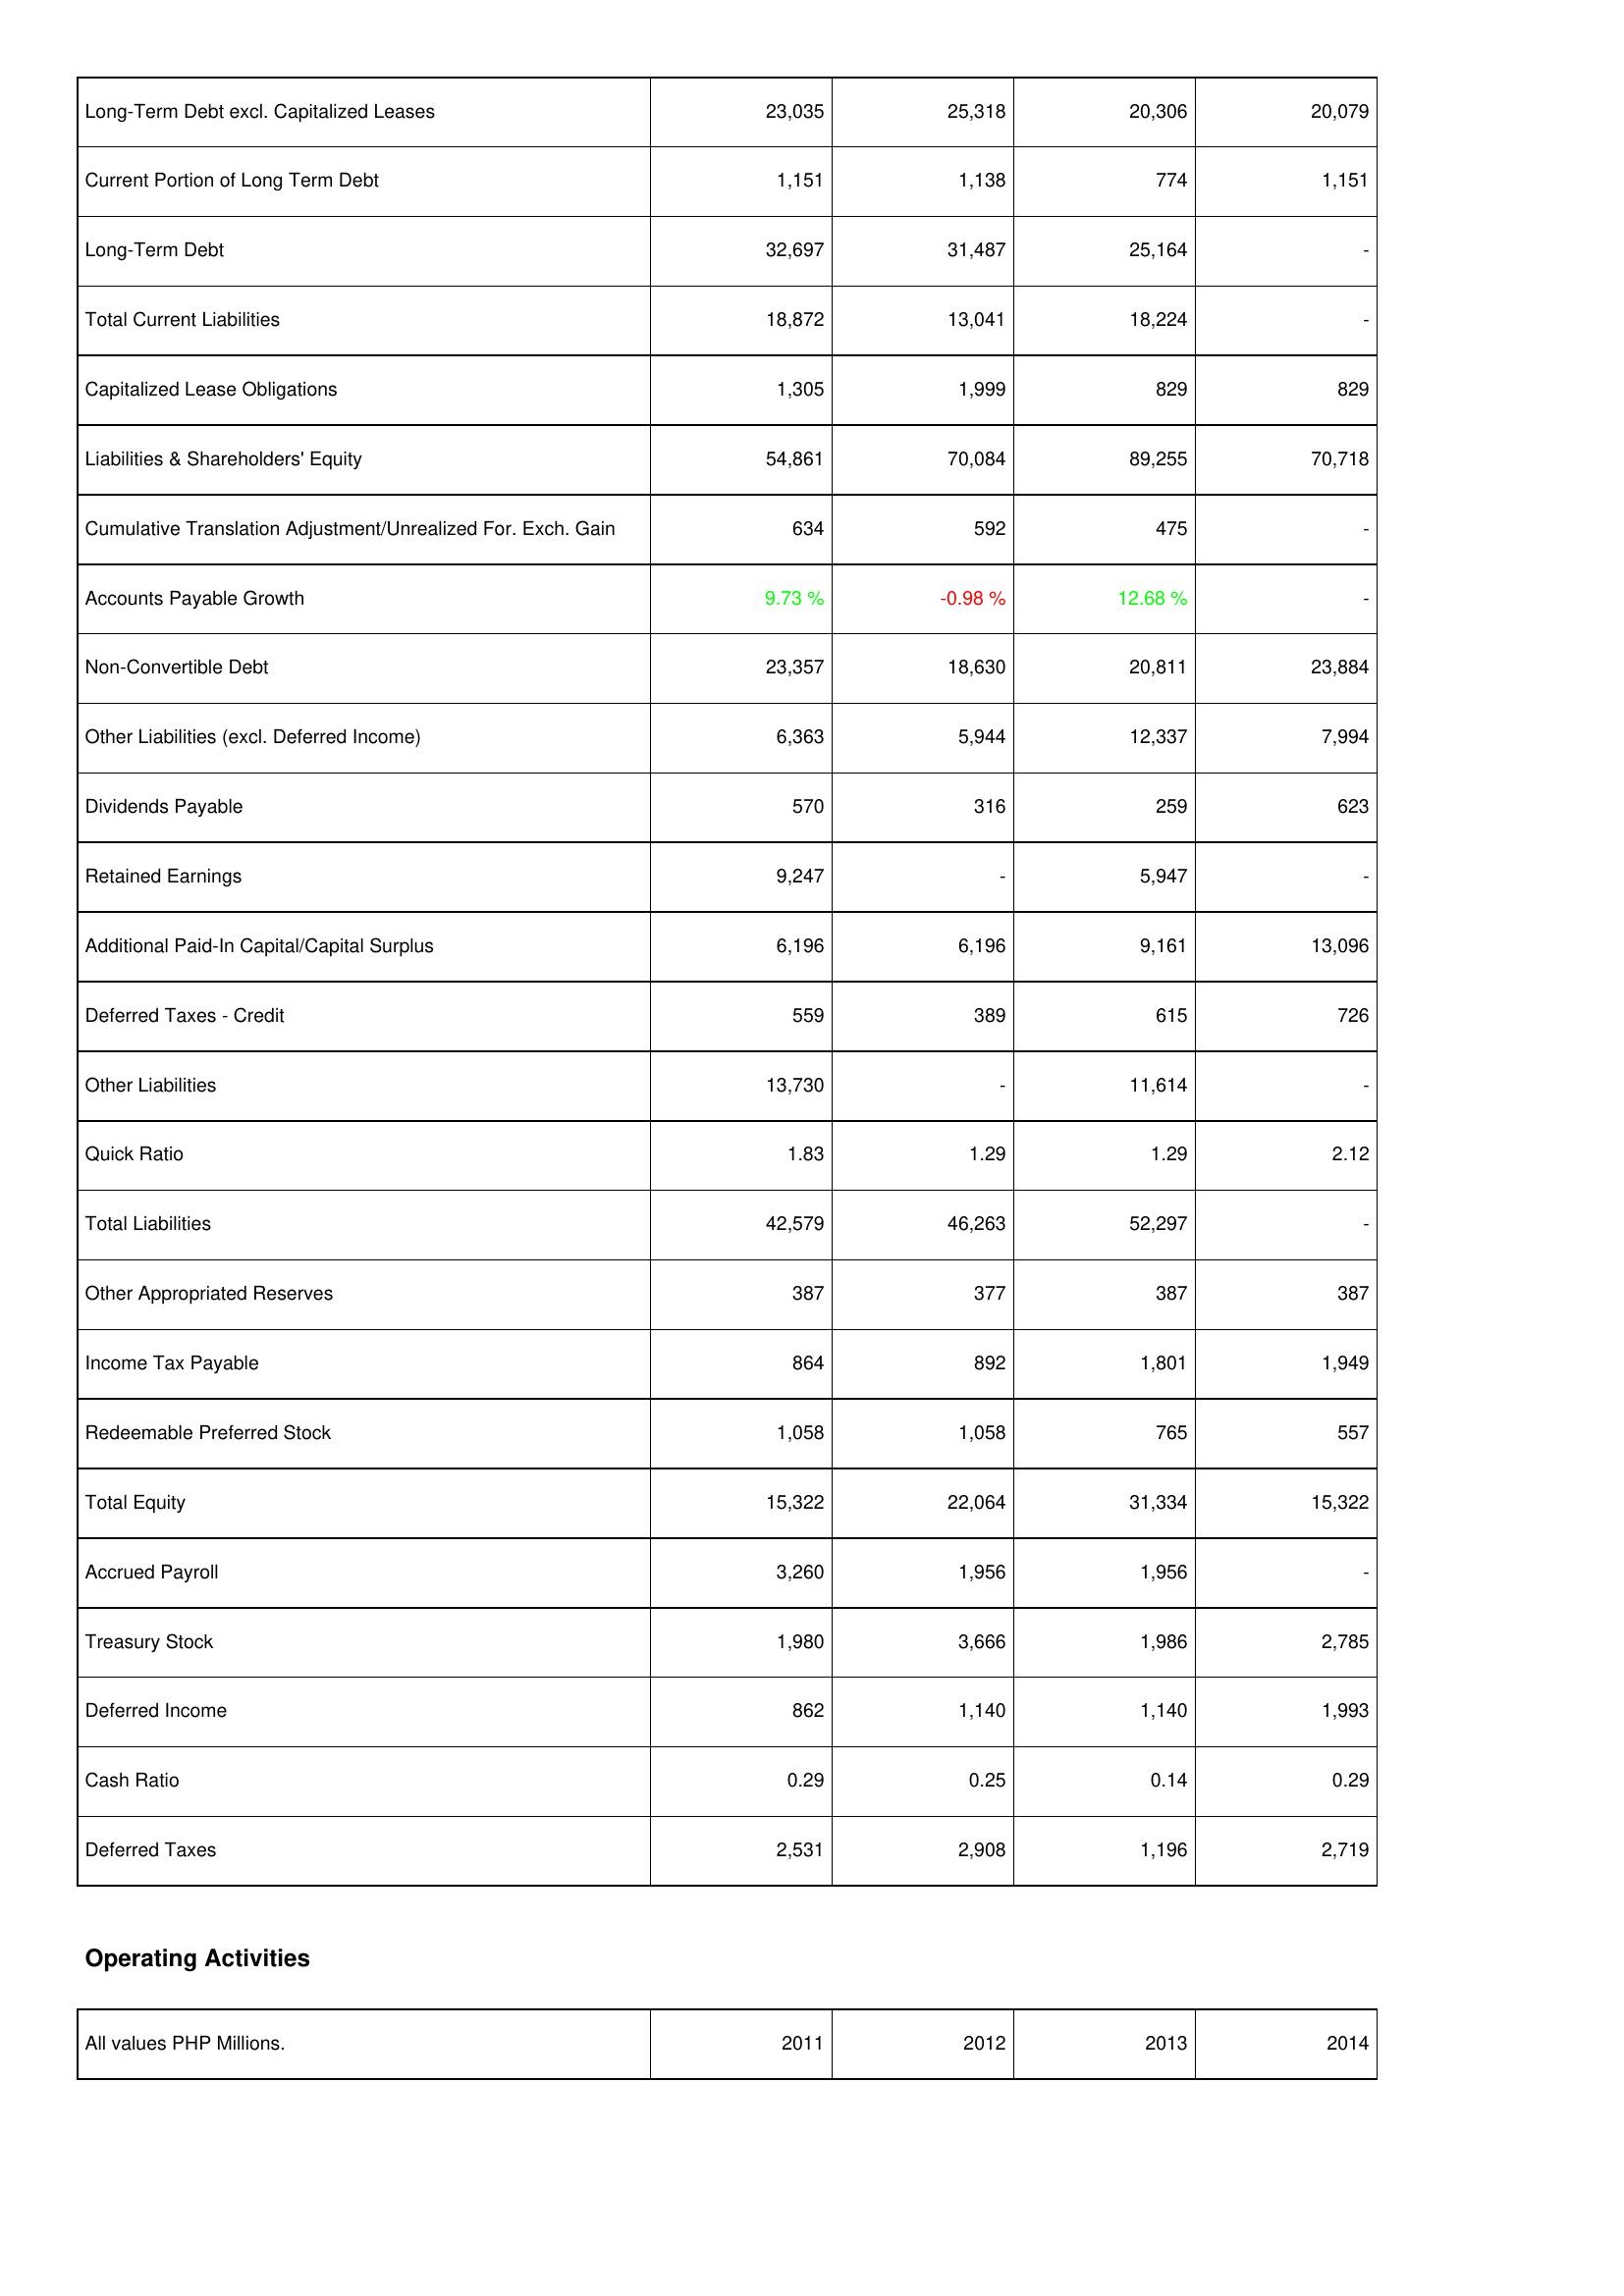
2011: Liabilities & Shareholders' Equity: Long-Term Debt excl. Capitalized Leases: 23,035
Current Portion of Long Term Debt: 1,151
Long-Term Debt: 32,697
Total Current Liabilities: 18,872
Capitalized Lease Obligations: 1,305
Liabilities & Shareholders' Equity: 54,861
Cumulative Translation Adjustment/Unrealized For. Exch. Gain: 634
Accounts Payable Growth: 9.73 %
Non-Convertible Debt: 23,357
Other Liabilities (excl. Deferred Income): 6,363
Dividends Payable: 570
Retained Earnings: 9,247
Additional Paid-In Capital/Capital Surplus: 6,196
Deferred Taxes - Credit: 559
Other Liabilities: 13,730
Quick Ratio: 1.83
Total Liabilities: 42,579
Other Appropriated Reserves: 387
Income Tax Payable: 864
Redeemable Preferred Stock: 1,058
Total Equity: 15,322
Accrued Payroll: 3,260
Treasury Stock: 1,980
Deferred Income: 862
Cash Ratio: 0.29
Deferred Taxes: 2,531
2012: Liabilities & Shareholders' Equity: Long-Term Debt excl. Capitalized Leases: 25,318
Current Portion of Long Term Debt: 1,138
Long-Term Debt: 31,487
Total Current Liabilities: 13,041
Capitalized Lease Obligations: 1,999
Liabilities & Shareholders' Equity: 70,084
Cumulative Translation Adjustment/Unrealized For. Exch. Gain: 592
Accounts Payable Growth: -0.98 %
Non-Convertible Debt: 18,630
Other Liabilities (excl. Deferred Income): 5,944
Dividends Payable: 316
Retained Earnings: -
Additional Paid-In Capital/Capital Surplus: 6,196
Deferred Taxes - Credit: 389
Other Liabilities: -
Quick Ratio: 1.29
Total Liabilities: 46,263
Other Appropriated Reserves: 377
Income Tax Payable: 892
Redeemable Preferred Stock: 1,058
Total Equity: 22,064
Accrued Payroll: 1,956
Treasury Stock: 3,666
Deferred Income: 1,140
Cash Ratio: 0.25
Deferred Taxes: 2,908
2013: Liabilities & Shareholders' Equity: Long-Term Debt excl. Capitalized Leases: 20,306
Current Portion of Long Term Debt: 774
Long-Term Debt: 25,164
Total Current Liabilities: 18,224
Capitalized Lease Obligations: 829
Liabilities & Shareholders' Equity: 89,255
Cumulative Translation Adjustment/Unrealized For. Exch. Gain: 475
Accounts Payable Growth: 12.68 %
Non-Convertible Debt: 20,811
Other Liabilities (excl. Deferred Income): 12,337
Dividends Payable: 259
Retained Earnings: 5,947
Additional Paid-In Capital/Capital Surplus: 9,161
Deferred Taxes - Credit: 615
Other Liabilities: 11,614
Quick Ratio: 1.29
Total Liabilities: 52,297
Other Appropriated Reserves: 387
Income Tax Payable: 1,801
Redeemable Preferred Stock: 765
Total Equity: 31,334
Accrued Payroll: 1,956
Treasury Stock: 1,986
Deferred Income: 1,140
Cash Ratio: 0.14
Deferred Taxes: 1,196
2014: Liabilities & Shareholders' Equity: Long-Term Debt excl. Capitalized Leases: 20,079
Current Portion of Long Term Debt: 1,151
Long-Term Debt: -
Total Current Liabilities: -
Capitalized Lease Obligations: 829
Liabilities & Shareholders' Equity: 70,718
Cumulative Translation Adjustment/Unrealized For. Exch. Gain: -
Accounts Payable Growth: -
Non-Convertible Debt: 23,884
Other Liabilities (excl. Deferred Income): 7,994
Dividends Payable: 623
Retained Earnings: -
Additional Paid-In Capital/Capital Surplus: 13,096
Deferred Taxes - Credit: 726
Other Liabilities: -
Quick Ratio: 2.12
Total Liabilities: -
Other Appropriated Reserves: 387
Income Tax Payable: 1,949
Redeemable Preferred Stock: 557
Total Equity: 15,322
Accrued Payroll: -
Treasury Stock: 2,785
Deferred Income: 1,993
Cash Ratio: 0.29
Deferred Taxes: 2,719